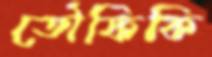
তৌফিকি